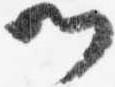
門